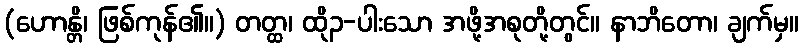
(ဟောန္တိ၊ ဖြစ်ကုန်၏။) တတ္ထ၊ ထို၃-ပါးသော အဖို့အစုတို့တွင်။ နာဘိတော၊ ချက်မှ။